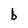
Character: b